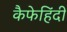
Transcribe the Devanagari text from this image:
कैफेहिंदी